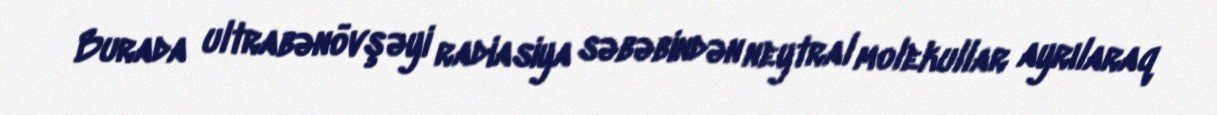
Burada ultrabənövşəyi radiasiya səbəbindən neytral molekullar ayrılaraq